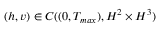
( h , v ) \in C ( ( 0 , T _ { m a x } ) , H ^ { 2 } \times H ^ { 3 } )